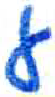
אות: ע